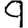
Digit: 9